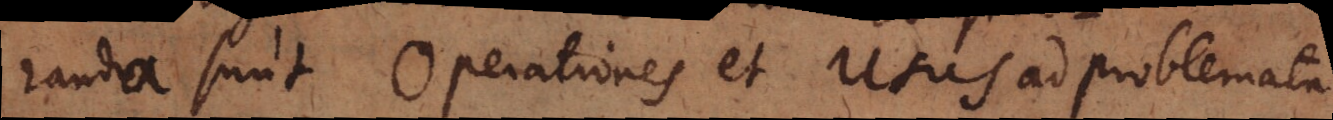
randa sunt Operationes et Usus ad problemata